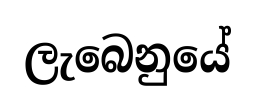
ලැබෙනුයේ